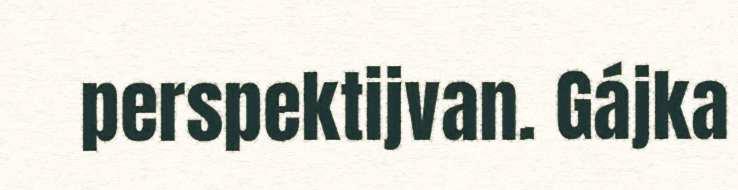
perspektijvan. Gájka